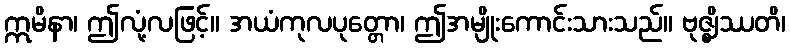
ဣမိနာ၊ ဤလုံ့လဖြင့်။ အယံကုလပုတ္တော၊ ဤအမျိုးကောင်းသားသည်။ ဗုဇ္ဈိဿတိ၊